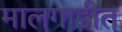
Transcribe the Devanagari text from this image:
मालगाडीत